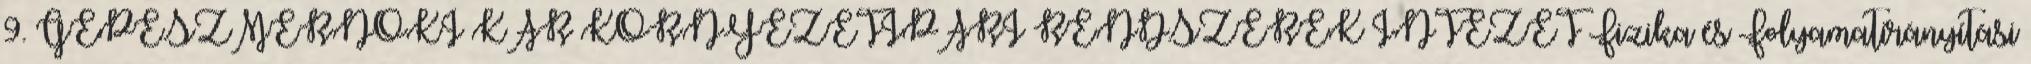
9. GÉPÉSZMÉRNÖKI KAR KÖRNYEZETIPARI RENDSZEREK INTÉZET Fizika és Folyamatirányítási